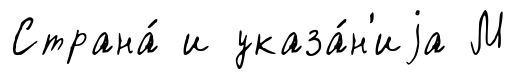
Страна́ и указа́н'иjа М